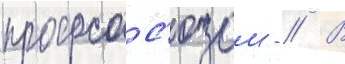
профсос'юзом - // В